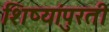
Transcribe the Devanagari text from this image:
शिष्यांपुरती